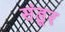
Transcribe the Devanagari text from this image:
संडूर